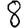
Digit: 8